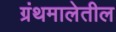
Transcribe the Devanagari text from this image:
ग्रंथमालेतील